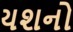
યશનો